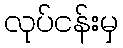
လုပ်ငန်းမှ